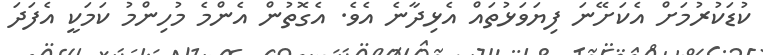
ކުޑަކުރުމަށް އެކަށޭނަ ފިޔަވަޅުތައް އެޅިދާނެ އެވެ. އެގޮތުން އެންމެ މުހިންމު ކަމަކީ އެފަދަ